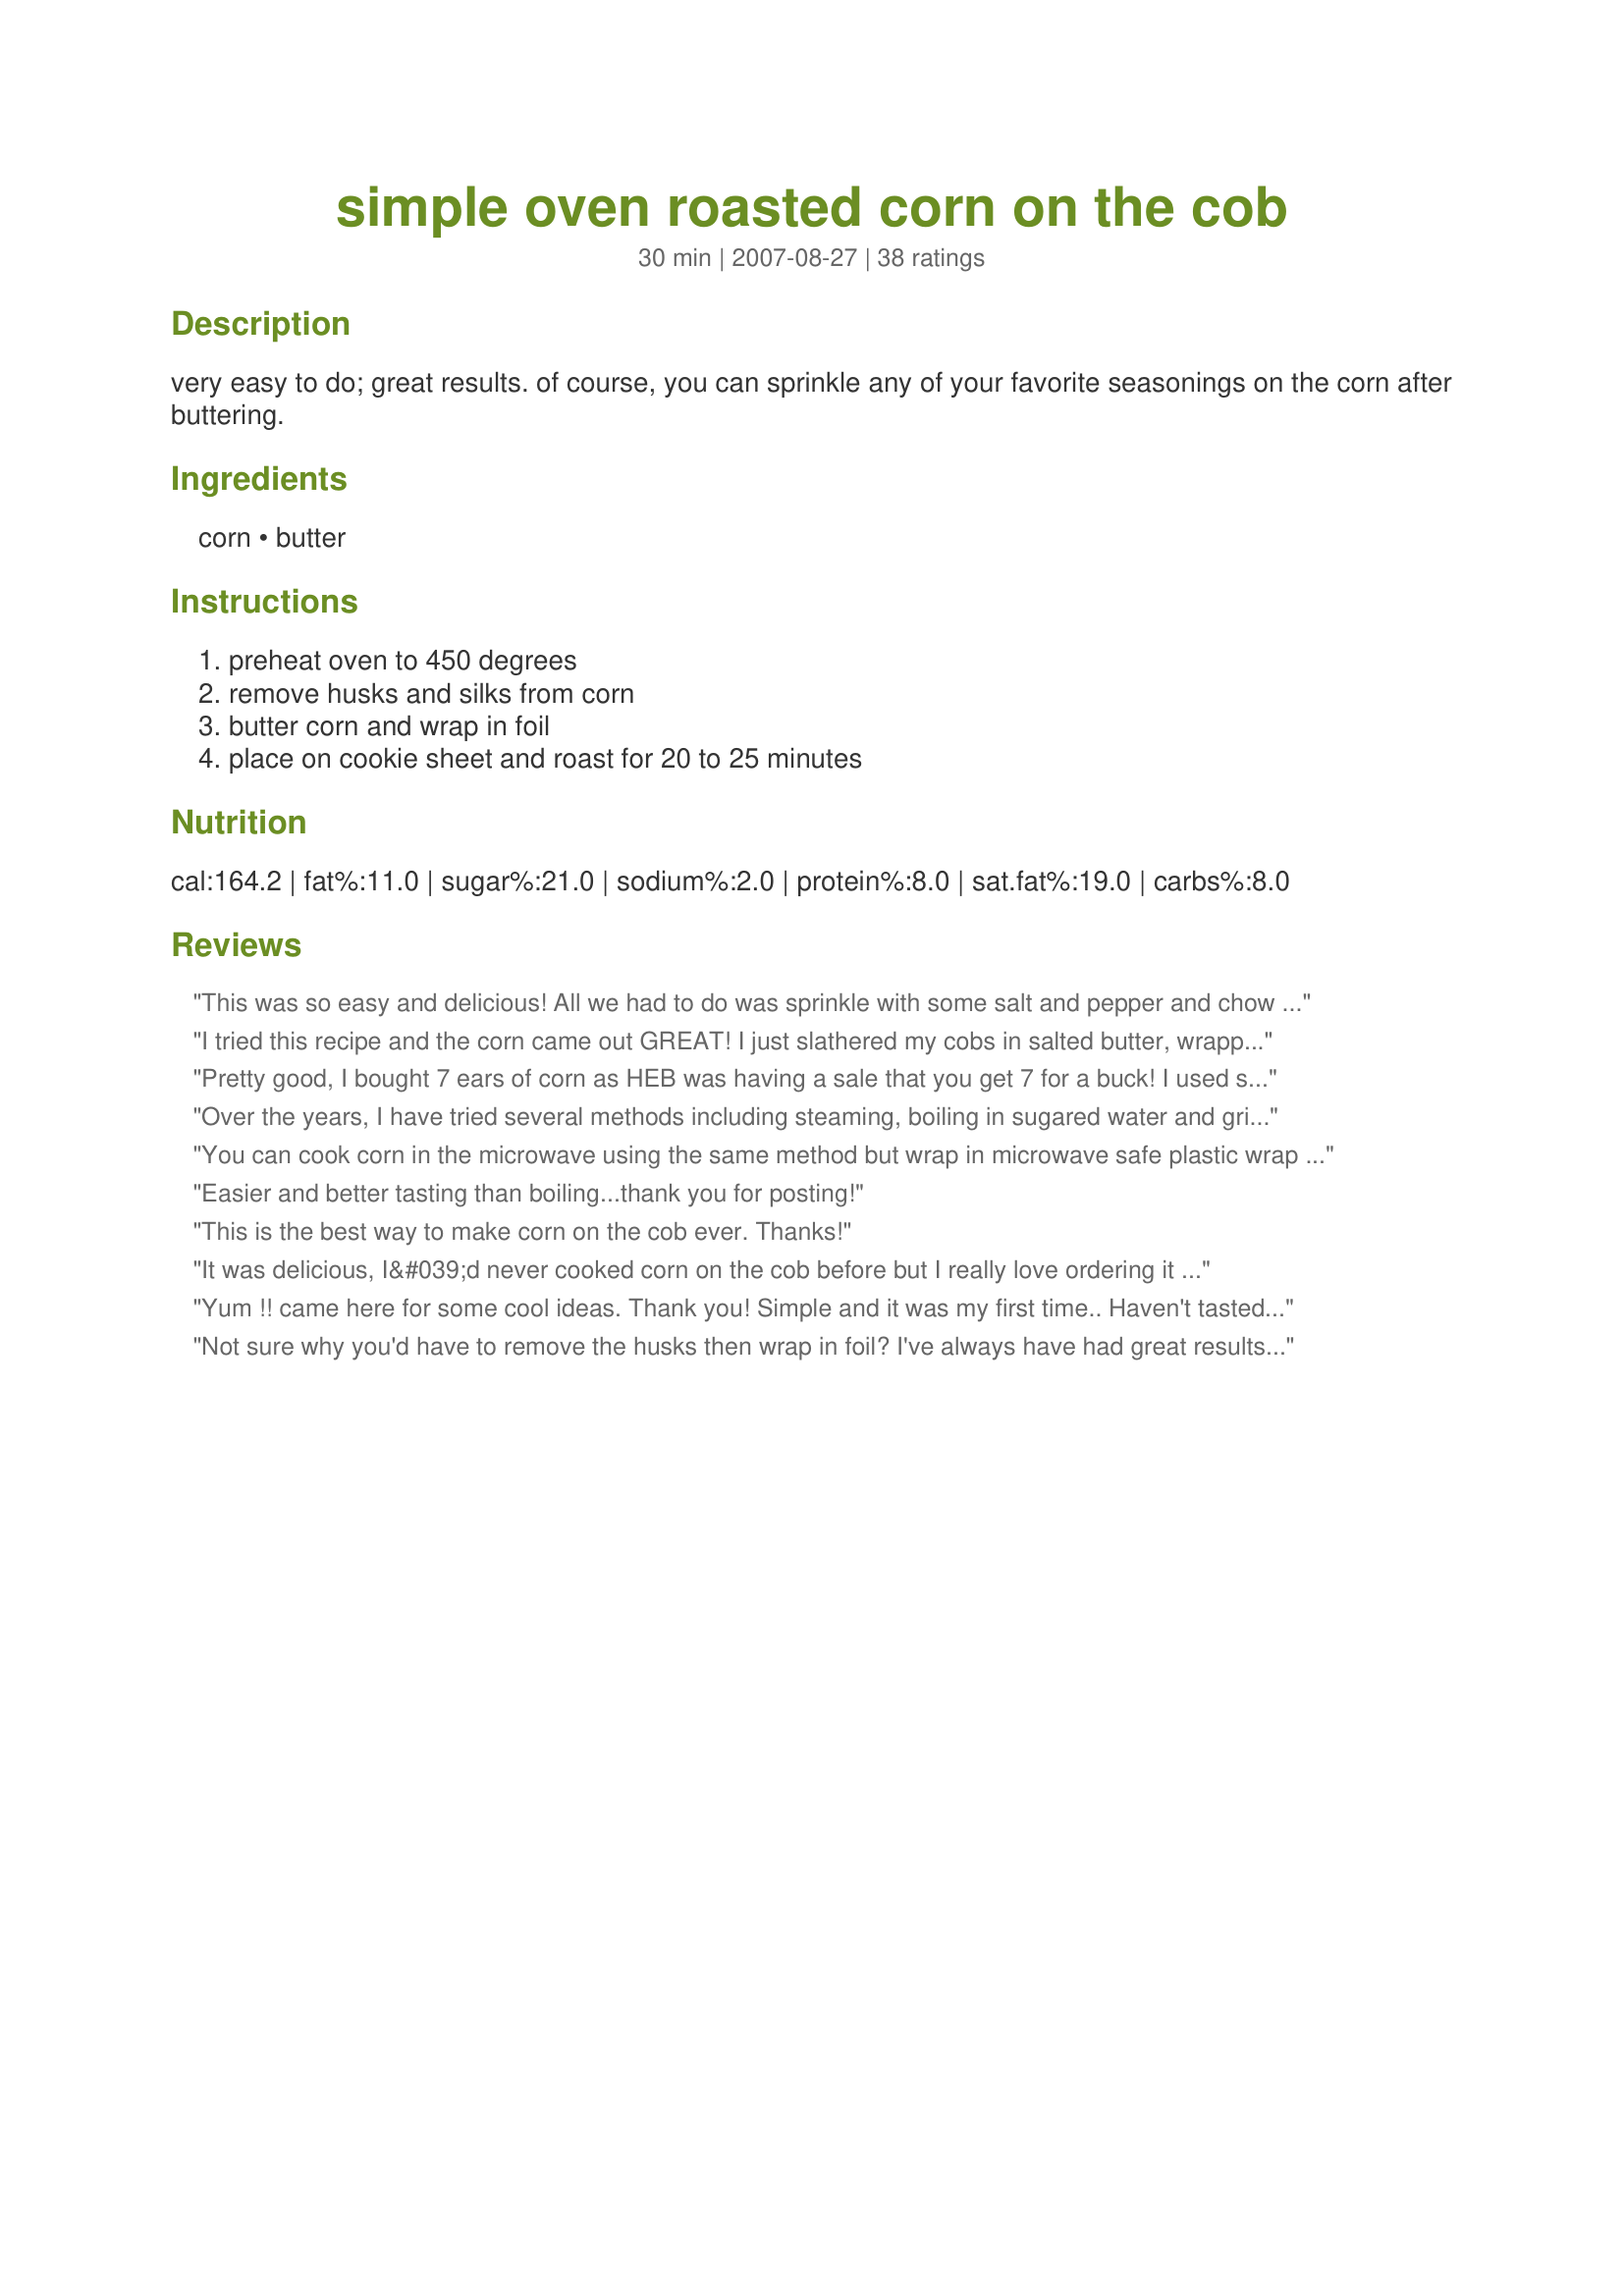
simple oven roasted corn on the cob
Preparation time: 30 minutes

very easy to do; great results. of course, you can sprinkle any of your favorite seasonings on the corn after buttering.

Ingredients:
corn, butter

Steps:
preheat oven to 450 degrees, remove husks and silks from corn, butter corn and wrap in foil, place on cookie sheet and roast for 20 to 25 minutes

Reviews:
This was so easy and delicious! All we had to do was sprinkle with some salt and pepper and chow down.
I tried this recipe and the corn came out GREAT! I just slathered my cobs in salted butter, wrapped them in aluminum foil, and baked at 450* for 45 minutes as I had read in another review. Texture was perfect. I like salt, though, so they could've used a bit more in my opinion, but I was quite pleased. Easy, and came out almost like KFC corn, just not as sweet. Next time I'll try adding a bit of sugar, maybe a splash of milk, and more salt. :-)
Pretty good, I bought 7 ears of corn as HEB was having a sale that you get 7 for a buck! I used spray butter and original Lawry’s seasoning salt and they came out great! I did go up to about 35ish minutes though, as others suggested. I think that’s the only change to make to the recipe is just add a bit more time to the roast/bake process.
Over the years, I have tried several methods including steaming, boiling in sugared water and grilling in the husk. To date, I had preferred the grilling method however, this was the best ever. Of course thecorn itself has been delicious this year given the amount of heat that we have had in Eastern Ontario. (corn loves heat with just the right amount of rain). SIMPLY DELICIOUS!!
You can cook corn in the microwave using the same method but wrap in microwave safe plastic wrap or parchment paper 3 minutes for 1 ,5 min.,for 2 , add 1 minute per cob for more in 1000 Watt oven. Perfect corn in a hurry.
Easier and better tasting than boiling...thank you for posting!
This is the best way to make corn on the cob ever. Thanks!
It was delicious, I&#039;d never cooked corn on the cob before but I really love ordering it in restaurants so I was missing out! Thanks for this! It was a lot easier than I thought it was going to be and from the other reviews it sounds like I needn&#039;t try any other method.
Yum !! came here for some cool ideas. Thank you! Simple and it was my first time.. Haven't tasted yet.
Not sure why you'd have to remove the husks then wrap in foil? I've always have had great results peeling the corn gently from the husk without removing it completely. Then you can just add butter or oil and put them directly in the oven without foil.
in oven is good but we do them in microwave 2 min. each cob with a dampened paper towel over them or on the BBQ in foil while the meat is grilling both ways the cobs are husked
After the butter, I added garlic powder to some of the ears and curry powder to others. They all tuned out great! Yum!!!
It was a simple quick recipe that was delicious! I used extra virgin olive oil, garlic powder, &amp; Italian dressing...with sea salt and cracked pepper. Yummy!
Awesome outcome. I&#039;ll never boil or grill corn again.
Sprinkle a little powdered ranch on them along with the butter before wrapping them up for a tasty surprise! :)
This is so simple and so good. Great way of making corn on the cob. Thanks for sharing. Made for Cookbook Tag.
This looks interesting but seems like a huge use of energy -- 450 for 25 minutes! Top of stove is probably more energy efficient.
Try using olive oil with salt and pepper. Really good !
In order to facilitate the timing of cooking the corn, I often put the corn in a microwavable bowl with a little water and microwave them for 5 or 6 minutes and then wrap in foil as the recipe states. It takes less time in the oven - about 10 minutes.
I did butter and wrapped bacon around mine.. Waiting for them to finish up.
I&#039;d recommend keeping them in the oven for at least 35-40 minutes. Open the foil wrap after 20 mins so they catch a little &quot;tan&quot;)
I buttered them in olive oil and garlic salt.
Worked out GREAT. Will not waste bottled water to boil corn ever again.
You can just leave the corn in the husks and throw it in the oven. The husk insulates and comes right off after baking. No need for foil. The husk will get very dark and crispy looking, don't worry the corn inside is fine.
Love the easy way! Your site is so simple, just love it
So simple and so amazing! Will never boil corn again!
Thank you so much for sharing your recipe. It made the corn easy to cook and had a delicious outcome. All corn was ate and people asked how I cooked it. I only made one change. After reading a lot of your reviews, I lengthened the cooking time to 40 min.where we live almost everything takes longer to cook. Thanks so much, I think next time I'll make herbed butter with a touch of dill added. I bet it will cook up wonderfully. ??
Much better than water-logged cobs boiled in water. Do remember to place a baking sheet underneath to catch any butter that may seep through the foil. Thanks for sharing a great technique! :)
Do not remove the husk. By leaving the husk on the corner is super sweet
This was amazing ! Melted butter, three cloves of chopped garlic, salt, pepper, and parsley. Mixed it all together and slathered it on. Wrapped it foil.. was the best!!
Just tried this tonight, since it was too wet outside to grill the corn on the grill. Delicious and simple. Thank you!
To be more energy efficient, do this while baking potatoes or another dish.
Originally rated on 4/5/09 - This recipe made it into my book#266453. I may never boil corn on the cob again. This is a great technique. I loved that the butter was able to melt on the cob inside the foil. No mess! The corn stayed nice and crisp (I was afraid it wouldn't) and flavorful. I did 2 ears of corn for 20 minutes and salted them after unwrapping. Just fabulous, pure and simple! Note: use a cookie sheet to catch butter IF any butter should happen to escape the aluminum foil. ~Made for Spring PAC~
This is a simple, delicious, mess-free way to make corn on the cob. This was easy to throw in with the entree I had going in the oven. Yum!
Sorry I haven't reviewed sooner! I have used this recipe all summer. This is easier than boiling and comes out perfectly every time! Thanks for posting!!
I put melted butter , a half a teaspoon minced garlic and Hidden Valley Ranch mix all together put on the corn on the cob put the husk back on and bake at 450 45 minutes another way is wrap with bacon before bacon 450 45 minutes with the husk back on
My best corn was when I put it in the hot asphalt with the skin. If you have the chance to be near a truck of hot asphalt, remove the equivalent of on shovel of asphalt and place the corn. A dozen. Replace the asphalt on top to cover the corn. Don't peel the corn. after 40 to 45 minutes. Remove it. Peel it with care. It's very hot. And enjoy the tenderness of the corn.
I oven roasted 6 (instead of 4) ears of corn in a counter top convection oven at the recommended 450 degrees for 20 minutes. I thought it might take longer but with the convection--it didn't. I placed the ears on the roasting pan (but had low edges) that came with the oven. Best of all the recipes I have tried and extremely easy.
I have to admit, after preparing corn on the stove top, I was a little skeptical of this method...I was pleasantly surprised that I absolutely loved it! My husband did, too! This will definitely be a mainstay for our family!
Simple and yummy! I also put them on a cookie sheet, and it worked out fine.
